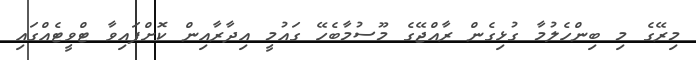
މިރޭގެ މި ބިންހެލުމާ ގުޅިގެން ރާއްޖޭގެ މޫސުމާބެހޭ ގައުމީ އިދާރާއިން ކޮށްފައިވާ ޓްވީޓެއްގައި